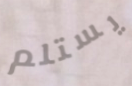
يستلم